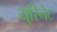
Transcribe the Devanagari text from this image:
युरिनेट